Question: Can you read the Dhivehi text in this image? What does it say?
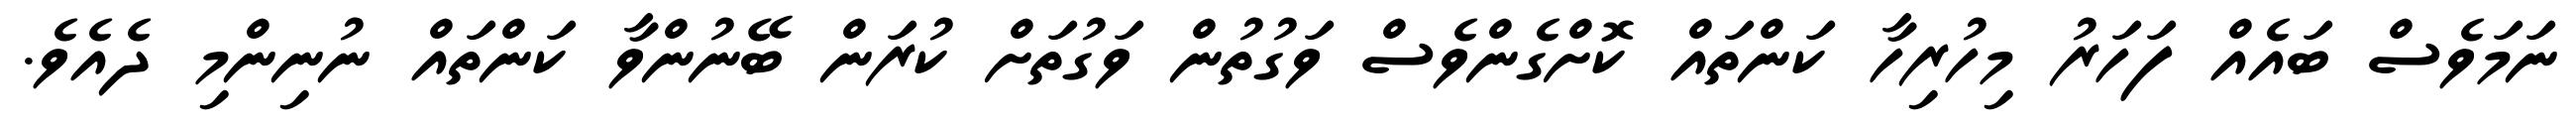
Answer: ނަމަވެސް ބައެއް ފަހަރު މިހުރިހާ ކަންތައް ކޮށްގެންވެސް ވަގުތުން ވަގުތަށް ކުރަން ބޭނުންވާ ކަންތައް ނުނިންމި ދެއެވެ.